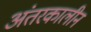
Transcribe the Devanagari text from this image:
अंतरकालीन